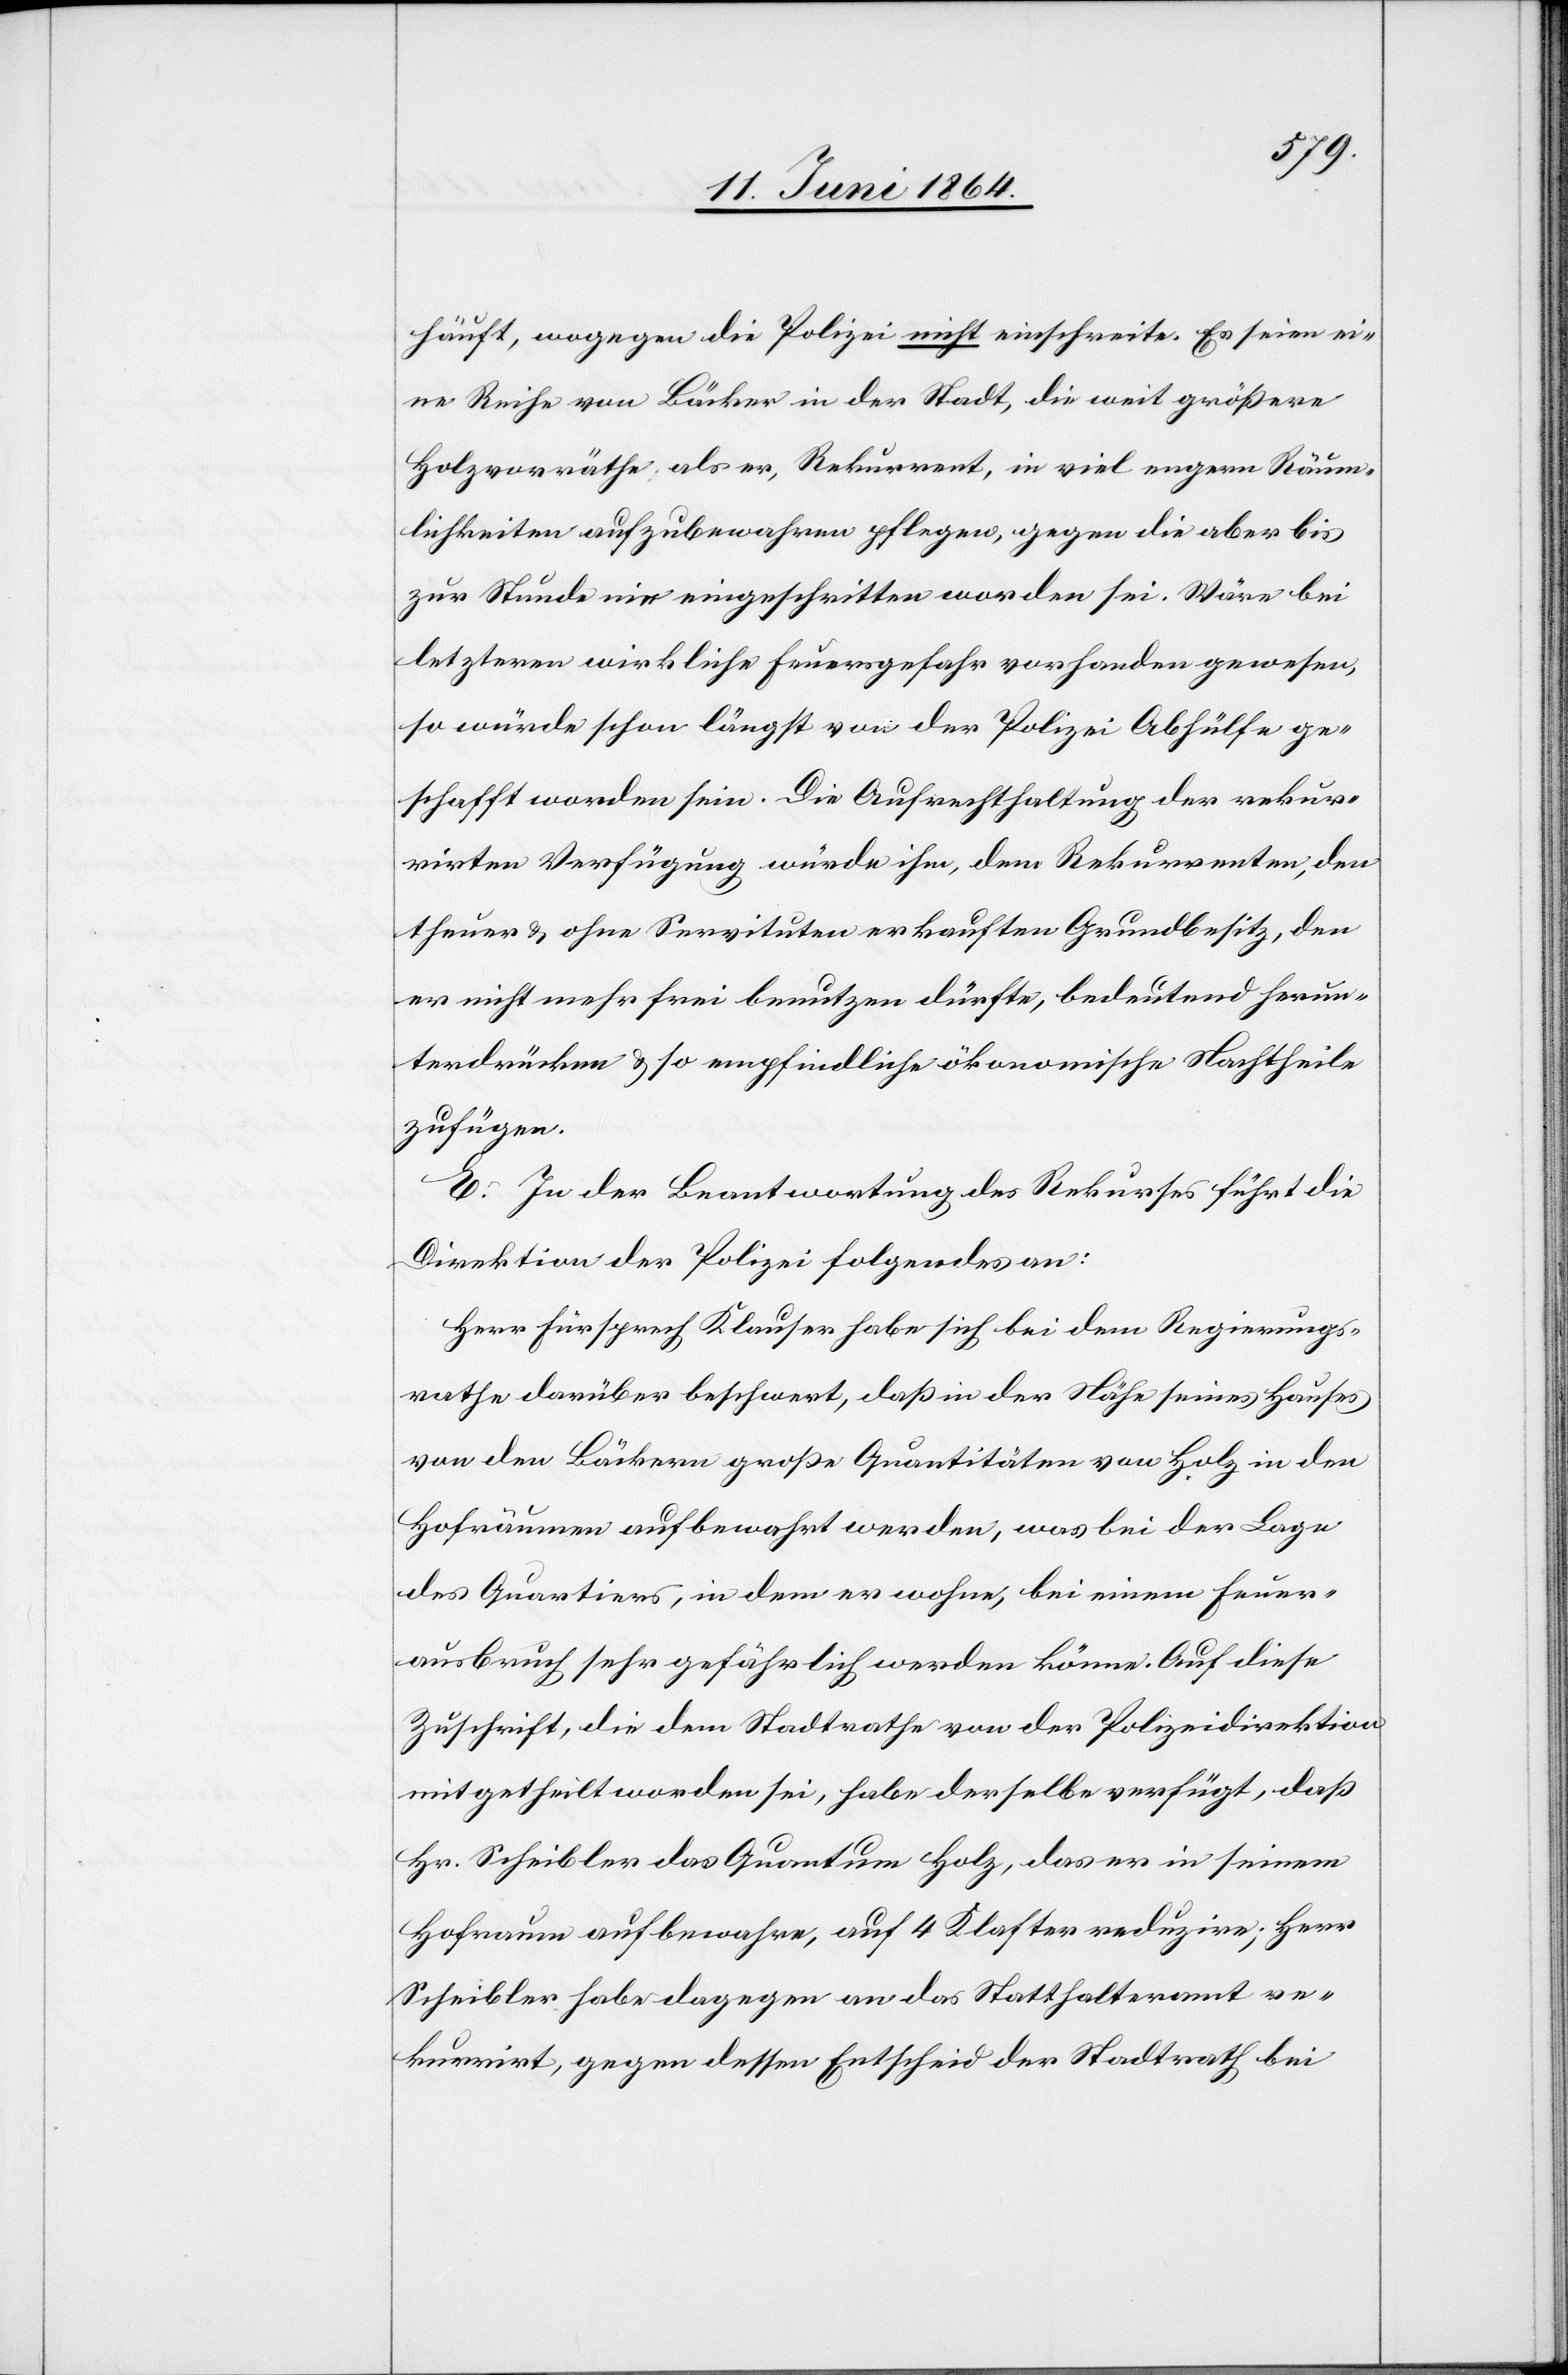
häuft, wogegen die Polizei nicht einschreite. Es seien ei¬
ne Reihe von Bäcker in der Stadt, die weit größere
Holzvorräthe als er, Rekurrent, in viel engern Räum¬
lichkeiten aufzubewahren pflegen, gegen die aber bis
zur Stunde nie eingeschritten worden sei. Wäre bei
letzteren wirkliche Feuersgefahr vorhanden gewesen,
so würde schon längst von der Polizei Abhülfe ge¬
schafft worden sein. Die Aufrechthaltung der rekur¬
rirten Verfügung würde ihm, dem Rekurrenten, den
theuer u. ohne Servituten erkauften Grundbesitz, den
er nicht mehr frei benutzen dürfte, bedeutend herun¬
terdrücken u. so empfindliche ökonomische Nachtheile
zufügen.
E. In der Beantwortung des Rekurses führt die
Direktion der Polizei folgendes aus:
Herr Fürsprech Klauser habe sich bei dem Regierungs¬
rathe darüber beschwert, daß in der Nähe seines Hauses
von den Bäckern große Quantitäten von Holz in den
Hofräumen aufbewahrt werden, was bei der Lage
des Quartiers, in dem er wohne, bei einem Feuer¬
ausbruch sehr gefährlich werden könne. Auf diese
Zuschrift, die dem Stadtrathe von der Polizeidirektion
mitgetheilt worden sei, habe derselbe verfügt, daß
Hr. Scheibler das Quantum Holz, das er in seinem
Hofraum aufbewahre, auf 4 Klafter reduzire; Herr
Scheibler habe dagegen an das Statthalteramt re¬
kurrirt, gegen dessen Entscheid der Stadtrath bei